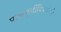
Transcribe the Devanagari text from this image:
पाककृतींविषयीची